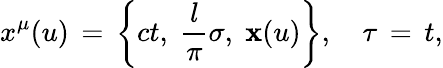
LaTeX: x^{\mu}(u)\, =\, \left\{ ct,\; \frac{l}{\pi}\sigma,\; {\mathbf x}(u)\right\} ,\quad\tau\, =\, t,